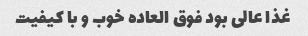
غذا عالی بود فوق العاده خوب و با کیفیت